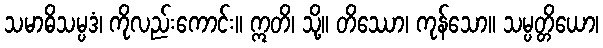
သမာဓိသမ္ပဒံ၊ ကိုလည်းကောင်း။ ဣတိ၊ သို့။ တိဿော၊ ကုန်သော။ သမ္ပတ္တိယော၊